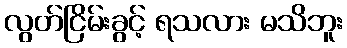
လွတ်ငြိမ်းခွင့် ရသလား မသိဘူး